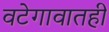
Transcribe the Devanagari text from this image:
वटेगावातही